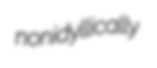
nonidyllically